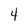
Character: 4